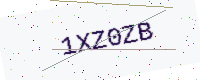
Text: 1XZ0ZB